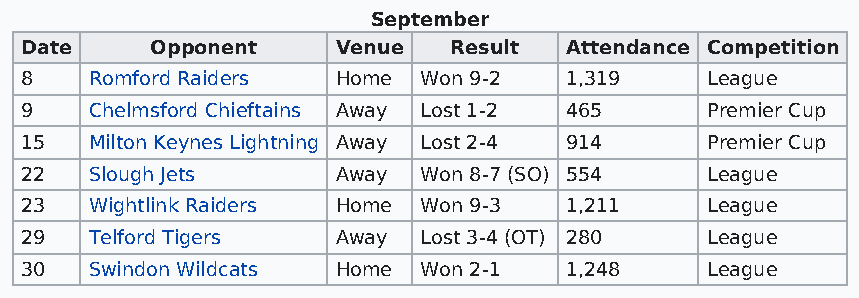
September
 Date     Opponent    Venue   Result Attendance Competition
 8    Romford Raiders Home  Won 9-2  1,319     League
 9    Chelmsford Chieftains Away Lost 1-2 465  Premier Cup
 15   Milton Keynes Lightning Away Lost 2-4 914 Premier Cup
 22   Slough Jets     Away  Won 8-7 (SO) 554   League
 23   Wightlink Raiders Home Won 9-3 1,211     League
 29   Telford Tigers  Away  Lost 3-4 (OT) 280  League
 30   Swindon Wildcats Home Won 2-1  1,248     League